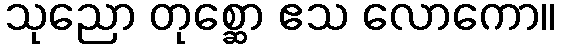
သုညော တုစ္ဆော ဧသ လောကော။